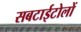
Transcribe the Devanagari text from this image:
सबटाईटोलों